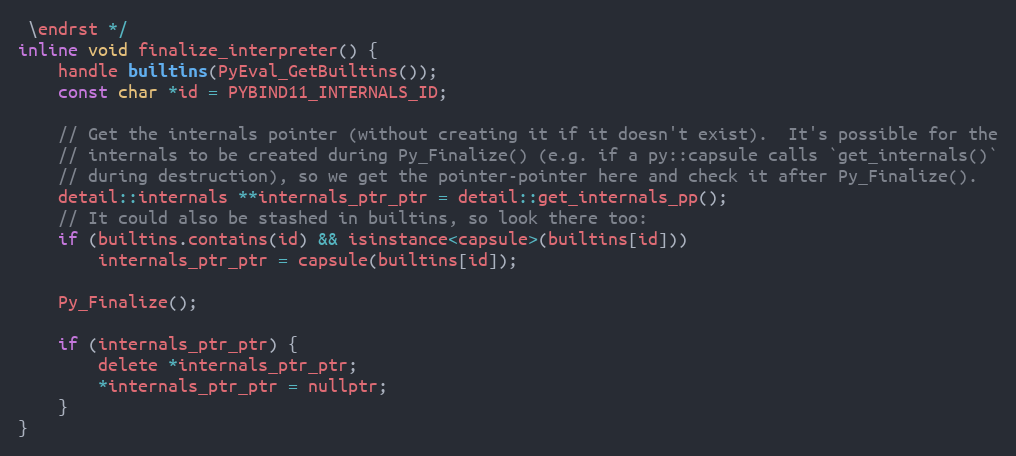
Language: C
 \endrst */
inline void finalize_interpreter() {
    handle builtins(PyEval_GetBuiltins());
    const char *id = PYBIND11_INTERNALS_ID;

    // Get the internals pointer (without creating it if it doesn't exist).  It's possible for the
    // internals to be created during Py_Finalize() (e.g. if a py::capsule calls `get_internals()`
    // during destruction), so we get the pointer-pointer here and check it after Py_Finalize().
    detail::internals **internals_ptr_ptr = detail::get_internals_pp();
    // It could also be stashed in builtins, so look there too:
    if (builtins.contains(id) && isinstance<capsule>(builtins[id]))
        internals_ptr_ptr = capsule(builtins[id]);

    Py_Finalize();

    if (internals_ptr_ptr) {
        delete *internals_ptr_ptr;
        *internals_ptr_ptr = nullptr;
    }
}